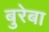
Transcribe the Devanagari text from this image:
बुरेबा